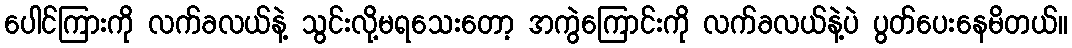
ပေါင်ကြားကို လက်ခလယ်နဲ့ သွင်းလို့မရသေးတော့ အကွဲကြောင်းကို လက်ခလယ်နဲ့ပဲ ပွတ်ပေးနေမိတယ်။